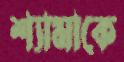
শ্যামাকে